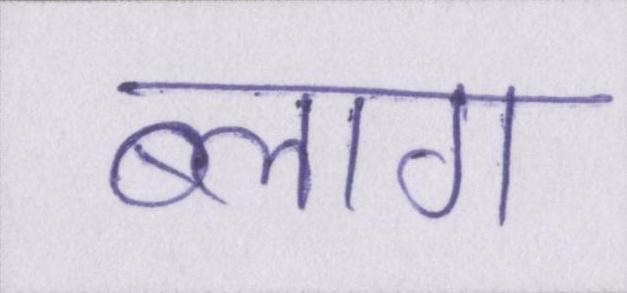
ब्लाग